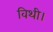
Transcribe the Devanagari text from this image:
विथी।